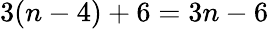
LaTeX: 3(n-4)+6=3n-6